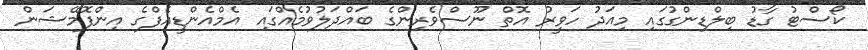
ކޯސްޓު ގާޑު ބިލްޑިންގުގައި މިއަދު ހަވީރު އޮތް ނޫސްވެރިންގެ ބައްދަލުވުމެއްގައި އެމްއެންޑީއެފްގެ އިންފޮމޭޝަން